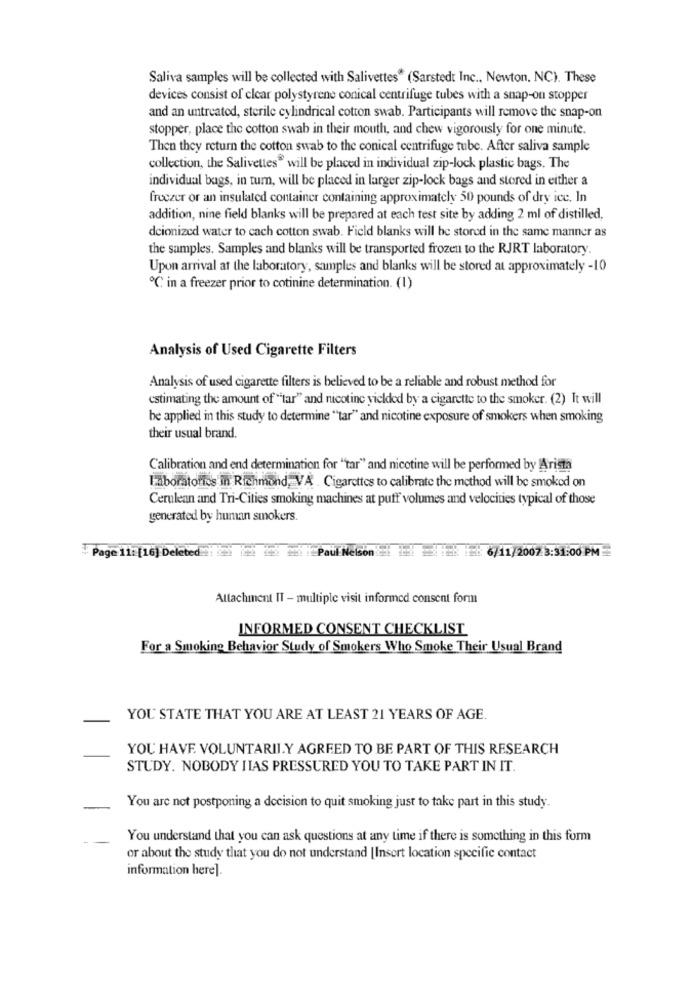
Saliva samples will be collected with Salivettes* (Sarstedt Inc ., Newton, NC). These
devices consist of elcar polystyrene conical centrifuge tubes with a snap-on stopper
and an untreated, sterile cylindrical cotton swab. Participants will remove the snap-on
stopper, place the cotton swab in their mouth, and chew vigorously for one minute.
Then they return the cotton swab to the conical centrifuge tube. After saliva sample
collection, the Salivettes" will be placed in individual zip-lock plastic bags. The
individual bags, in turn, will be placed in larger zip-lock bags and stored in either a
freczer or an insulated container containing approximately 50 pounds of dry ice, In
addition, nine field blanks will be prepared at each test site by adding 2 ml of distilled,
dcionized water to cach cotton swab. Field blanks will be stored in the same manner as
the samples. Samples and blanks will be transported frozen to the RJRT laboratory.
Upon arrival at the laboratory, samples and blanks will be stored at approximately -10
℃ in a freezer prior to cotinine determination. (1)
Analysis of Used Cigarette Filters
Analysis of used cigarette filters is believed to be a reliable and robust method for
estimating the amount of "tar" and nicotine yielded by a cigarette to the smoker. (2) It will
be applied in this study to determine "tar" and nicotine exposure of smokers when smoking
their usual brand.
Calibration and end determination for "tar" and nicotine will be performed by Arista
Laboratories in Richmond, VA .Cigarettes to calibrate the method will be smoked on
Cerulean and Tri-Cities smoking machines at puff volumes and velocities typical of those
generated by human smokers.
6/11/2007 3:31:00 PM
Page 11: [16] Deleted"
Attachment IT - multiple visit informed consent form
INFORMED CONSENT CHECKLIST
For a Smoking Behavior Study of Smokers Who Smoke Their Usual Brand
YOU STATE THAT YOU ARE AT LEAST 21 YEARS OF AGE.
YOU HAVE. VOLUNTARII.Y AGREED TO BE PART OF THIS RESEARCH
STUDY. NOBODY HAS PRESSURED YOU TO TAKE PART IN IT.
You are not postponing a decision to quit smoking just to take part in this study.
You understand that you can ask questions at any time if there is something in this form
or about the study that you do not understand [Insert location specific contact
information here].